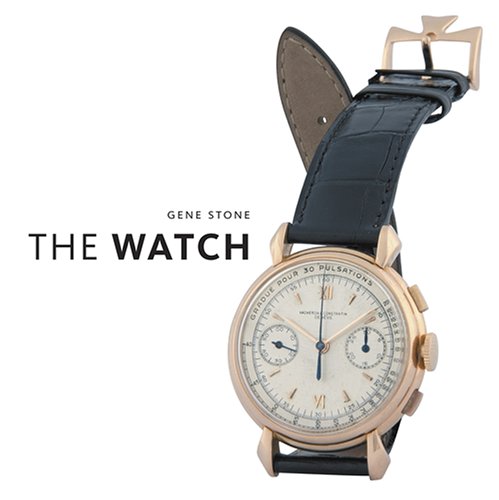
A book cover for The Watch; Gene Stone; Crafts, Hobbies & Home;